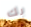
بك